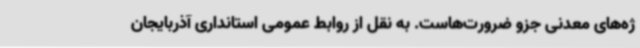
ژه‌های معدنی جزو ضرورت‌هاست. به نقل از روابط عمومی استانداری آذربایجان